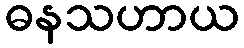
ဓနသဟာယ